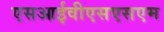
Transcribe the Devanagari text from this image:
एसआईवीएसएसएम